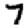
Digit: 7